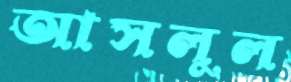
আসলুল